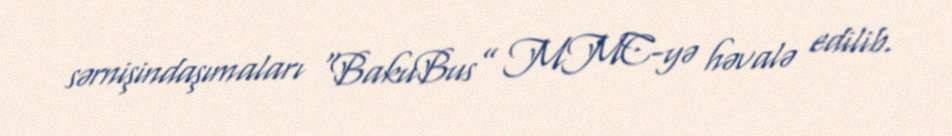
sərnişindaşımaları “BakuBus” MMC-yə həvalə edilib.